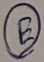
Text: E